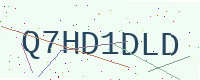
Text: Q7HD1DLD